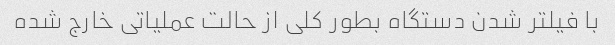
با فیلتر شدن دستگاه بطور کلی از حالت عملیاتی خارج شده